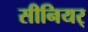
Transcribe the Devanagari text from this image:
सीनियर्